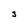
Character: J